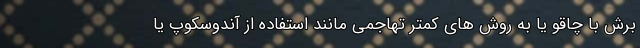
برش با چاقو یا به روش های کمتر تهاجمی مانند استفاده از آندوسکوپ یا